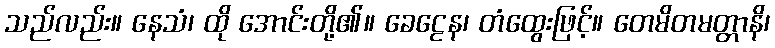
သည်လည်း။ နေသံ၊ ထို အောင်းတို့၏။ ခေဠေန၊ တံထွေးဖြင့်။ တေမိတမတ္တာနိ၊